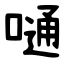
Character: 嗵